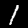
Label: 1